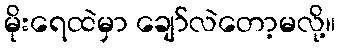
မိုးရေထဲမှာ ချော်လဲတော့မလို့။